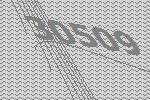
30509